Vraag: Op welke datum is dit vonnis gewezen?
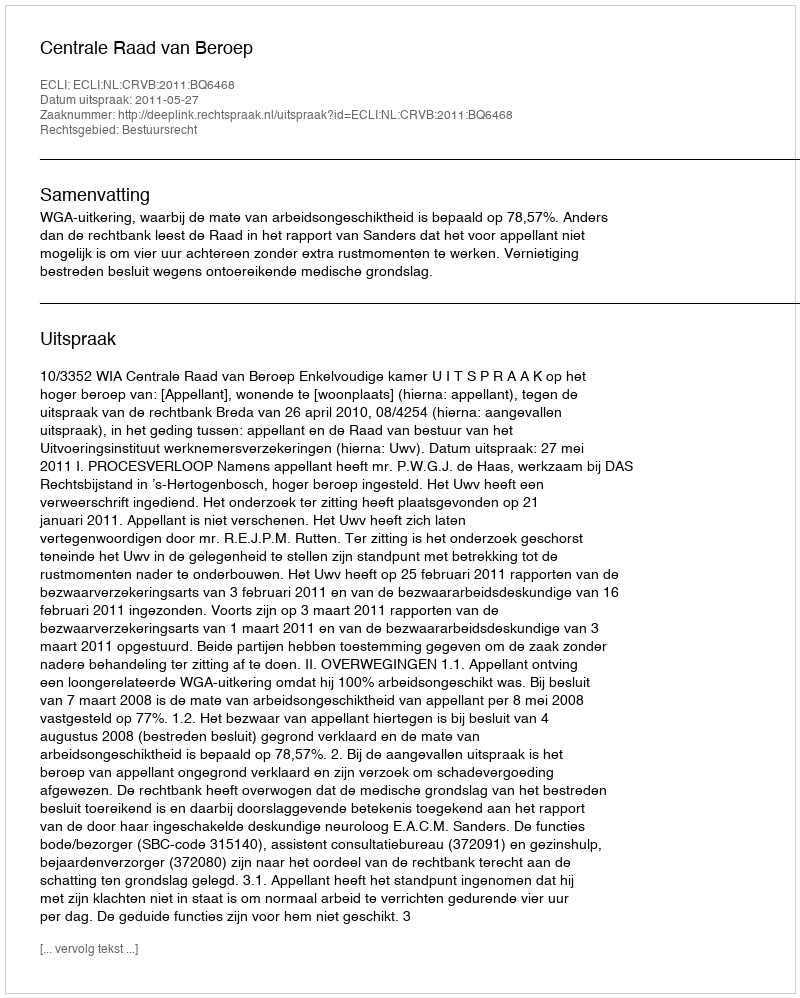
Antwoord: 2011-05-27